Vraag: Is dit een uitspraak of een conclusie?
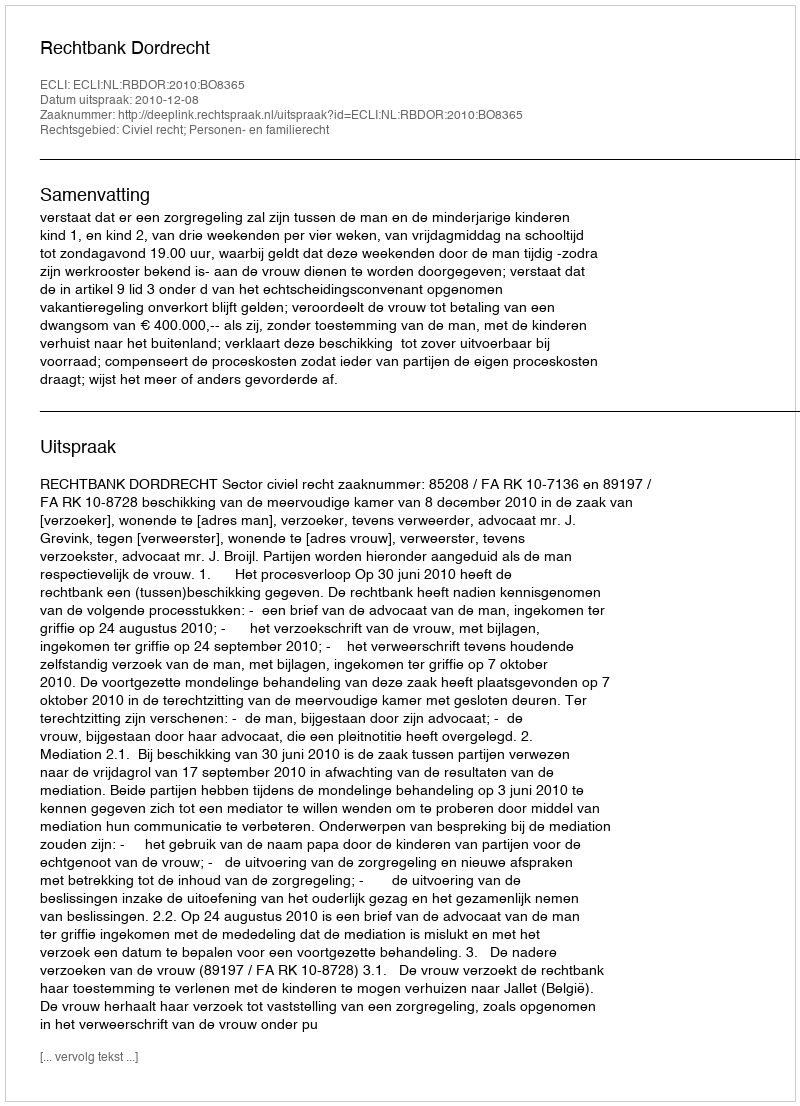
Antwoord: Uitspraak